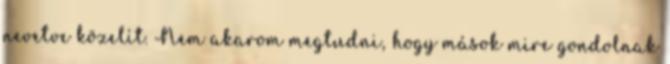
nevetve közelít. Nem akarom megtudni, hogy mások mire gondolnak